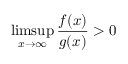
\operatorname* { l i m s u p } _ { x \to \infty } { \frac { f ( x ) } { g ( x ) } } > 0